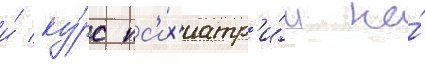
и́ ку́рс пс'их'иатр'и́и на́